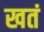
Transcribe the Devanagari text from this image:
खतं